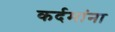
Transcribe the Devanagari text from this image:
कर्दमांना